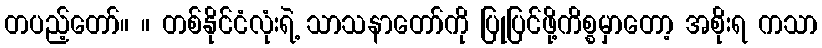
တပည့်တော်။ ။ တစ်နိုင်ငံလုံးရဲ့ သာသနာတော်ကို ပြုပြင်ဖို့ကိစ္စမှာတော့ အစိုးရ ကသာ